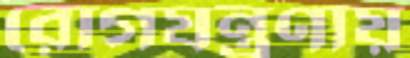
রোগযন্ত্রণায়